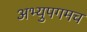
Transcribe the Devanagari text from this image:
अभ्युपगमच